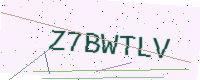
Text: Z7BWTLV